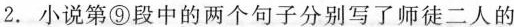
2.小说第①段中的两个句子分别写了师徒二人的